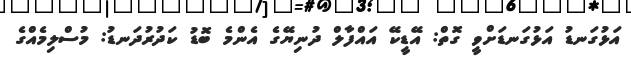
އަޅުގަނޑު އަޅުގަނޑަށްވީ ގޮތް: އޭޑީކޭ އައްފާލް ދުނިޔޭގެ އެންމެ ބޮޑު ކަދުރުދަނޑު: މުސްލިމެއްގެ